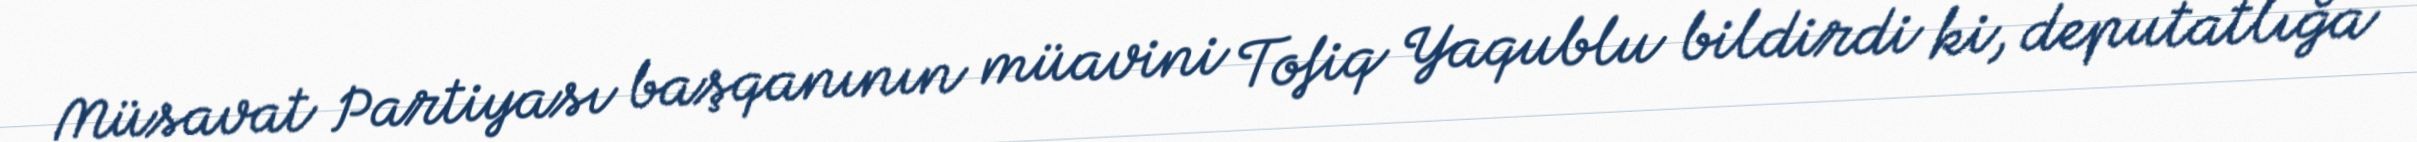
Müsavat Partiyası başqanının müavini Tofiq Yaqublu bildirdi ki, deputatlığa